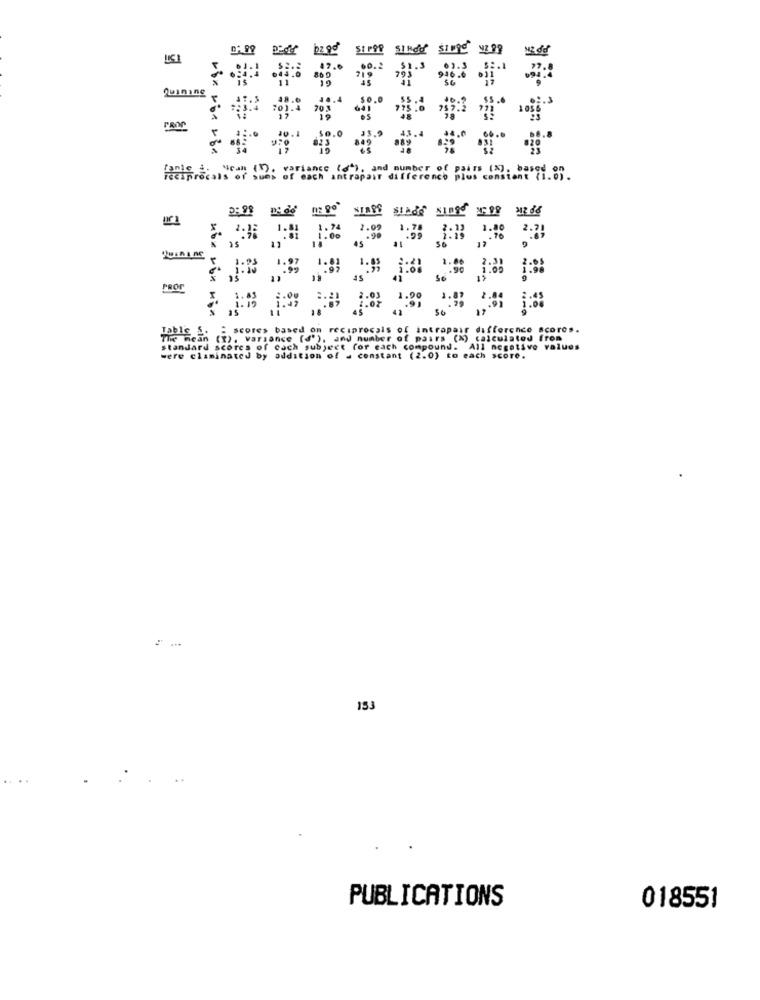
S1 999
.. :
Quinine 5
SIASS
Stade Ninger
PROF
30"3
Table S. " scores based on reciprocals of intrapair difference acores.
The mean (X). varsance (d'), and number of pairs (%) calculated from
Gear (*). variance (d'),
ect for each compound.
All negative values
were ciaminated by addition of a constant (2.0) to each score.
153
PUBLICATIONS
018551